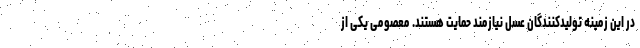
در این زمینه تولیدکنندگان عسل نیازمند حمایت هستند. معصومی یکی از